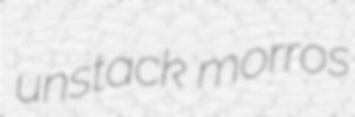
unstack morros